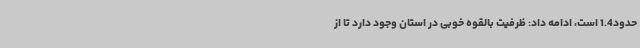
حدود1.4 است، ادامه داد: ظرفیت بالقوه خوبی در استان وجود دارد تا از